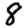
Digit: 8